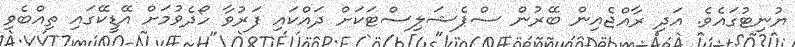
ޔުނިޓުގައެވެ. އަދި ރާއްޖެއިން ބޭރުން ސްޕެޝަލިސްޓަކަށް ދައްކައި ފަރުވާ ހޯދެވުމަށް އޭޑީކޭގައި ތިއްބެވި